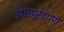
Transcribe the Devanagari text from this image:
उत्सपुर्तपणे